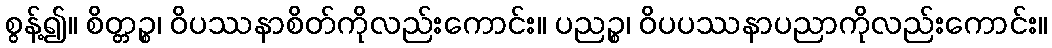
စွန့်၍။ စိတ္တဉ္စ၊ ဝိပဿနာစိတ်ကိုလည်းကောင်း။ ပညဉ္စ၊ ဝိပပဿနာပညာကိုလည်းကောင်း။